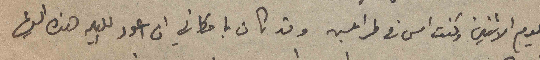
اليوم الاثنين وكنت امس في طرابلس وقد كان بامكاني ان اعود الليله هذه اليها